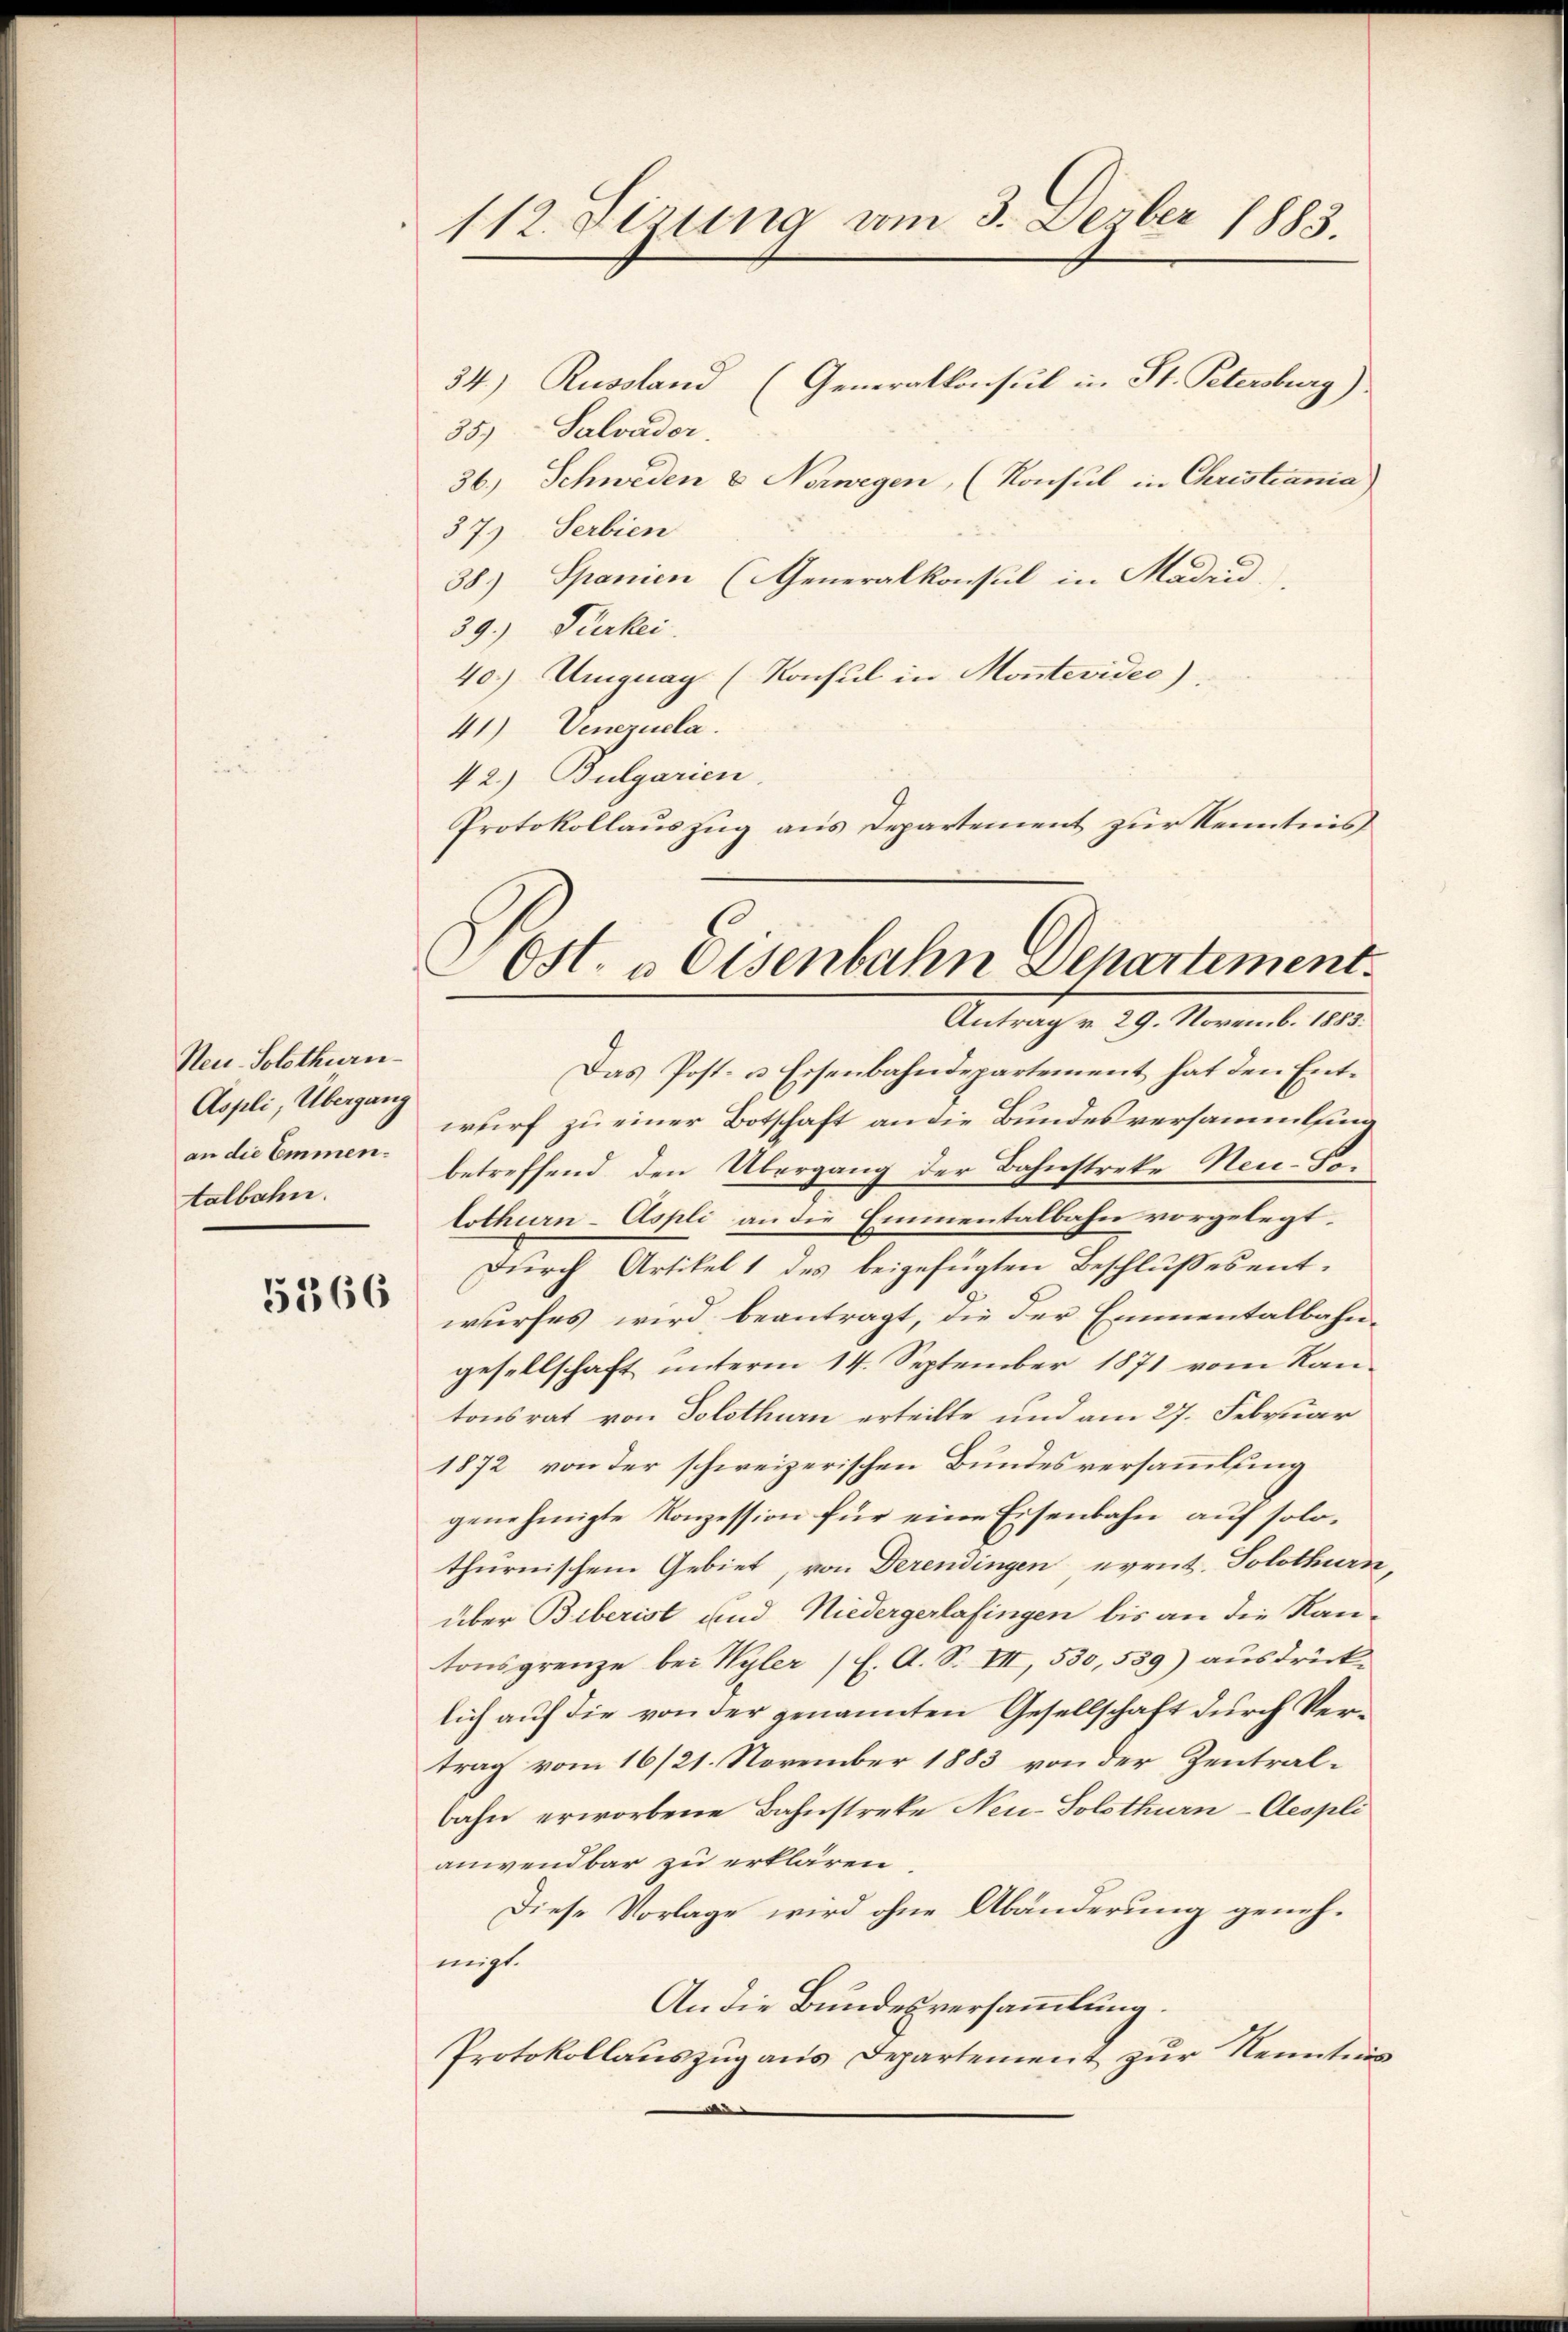
Neu-Solothurn
Aspli, Übergang
an die Emmen.
talbahn.

5366

112. Sizung vom 3. Dezber 1883.

34.) Russland (Generalkonsul in St. Petersburg).
35) Salvador
36.) Schweden & Norwegen, (Konsul in Christiania
37) Serbien
38) Spanien (Generalkonsul in Madrid
39.) Fürkei
40.) Umgnag (Konsul in Montevideo).
41) Venezuela
42.) Bulgarien.
Protokollauszug aus Departement zur Kenntnis
Das Post- u. Eisenbahndepartement hat den Ent-
wurf zu einer Botschaft an die Bundesversammlunbetreffend den Übergang der Bahnstreke Neu-Solothurn-Aspli an die Emmentalbahn vorgelegt,
Durch Artikel 1 des beigefügten Beschlußesent-
wurfes wird beantragt, die der Emmentalbahngesellschaft unterm 14. September 1871 vom Kan-
tonsrat von Solothurn erteilte und am 27. Februar
1872 von der schweizerischen Bundesversammlung
genehmigte Konzession für eine Eisenbahn auf solothurnischem Gebiet, von Derendingen event. Solothurn,
über Biberist und Niedergerlafingen bis an die Kan-
tonsgrenze bei Wyler (E. A. S. VII, 530,539) aŭsdrück-
lich auf die von der genannten Gesellschaft durch Vertrag vom 16/21. November 1883 von der Zentralbahn erworbene Bahnstreke Neu-Solothurn-Aespli
anwendbar zu erklären
Diese Vorlage wird ohne Abänderung genehmigt.
An die Bundesversammlung.
Protokollauszug aus Departement zur Kenntnis

Ost. u Osenbahn Departement
Antrag v. 29. Novemb. 1883.